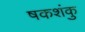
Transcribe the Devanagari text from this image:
षकशंकु